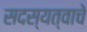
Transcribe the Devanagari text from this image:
सदस्यत्वाचे